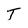
Character: T